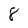
Character: 8